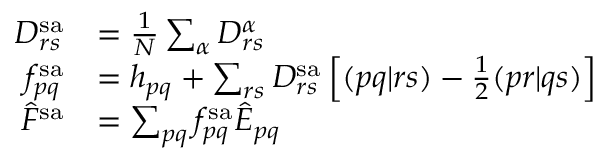
\begin{array} { r l } { D _ { r s } ^ { \mathrm { s a } } } & { = \frac { 1 } { N } \sum _ { \alpha } D _ { r s } ^ { \alpha } } \\ { f _ { p q } ^ { \mathrm { s a } } } & { = h _ { p q } + \sum _ { r s } D _ { r s } ^ { \mathrm { s a } } \left[ ( p q | r s ) - \frac { 1 } { 2 } ( p r | q s ) \right] } \\ { \hat { F } ^ { \mathrm { s a } } } & { = \sum _ { p q } f _ { p q } ^ { \mathrm { s a } } \hat { E } _ { p q } } \end{array}